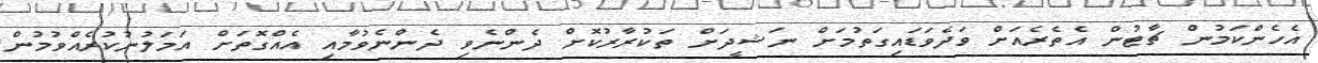
އެހެންކަމުން ޗާޓުން އެތެރެއަށް ވަދެވަޑައިގަތުމަށް ނަޝީދަށް ތަކުރާރުކޮށް ދެންނެވި ދެންނެވުމާއި އެއްގޮތަށް އަމަލުނުކުރެއްވުމުން